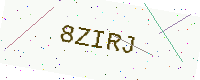
Text: 8ZIRJ